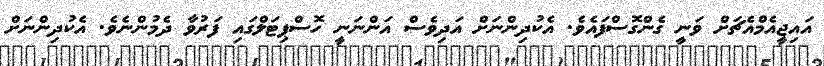
އައިޖީއެމްއެޗަށް ވަނީ ގެންގޮސްފައެވެ. އެކުދިންނަށް އަދިވެސް އަންނަނީ ހޮސްޕިޓަލްގައި ފަރުވާ ދެމުންނެވެ. އެކުދިންނަށް